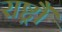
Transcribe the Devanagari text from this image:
राष्ट्रौं